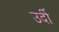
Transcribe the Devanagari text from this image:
उर्दी